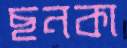
ছনকা